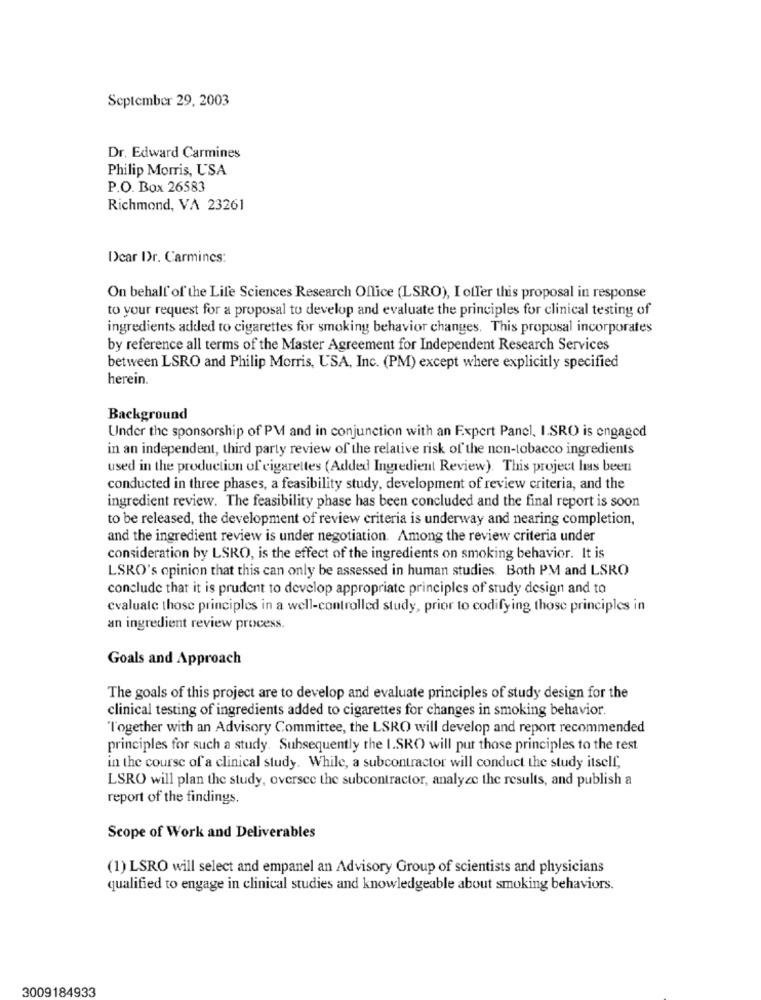
September 29, 2003
Dr. Edward Carmines
Philip Morris, USA
P.O. Box 26583
Richmond, VA 23261
Dear Dr. Carmines:
On behalf' of the Life Sciences Research Office (LSRO), I offer this proposal in response
to your request for a proposal to develop and evaluate the principles for clinical testing of
ingredients added to cigarettes for smoking behavior changes. This proposal incorporates
by reference all terms of the Master Agreement for Independent Research Services
between LSRO and Philip Morris, USA, Inc. (PM) except where explicitly specified
herein.
Background
Under the sponsorship of PM and in conjunction with an Expert Panel, I.SRO is engaged
in an independent, third party review of the relative risk of the non-tobacco ingredients
used in the production of cigarettes (Added Ingredient Review). This project has been
conducted in three phases, a feasibility study, development of review criteria, and the
ingredient review. The feasibility phase has been concluded and the final report is soon
to be released, the development of review criteria is underway and nearing completion,
and the ingredient review is under negotiation. Among the review criteria under
consideration by LSRO, is the effect of the ingredients on smoking behavior. It is
LSRO's opinion that this can only be assessed in human studies. Both PM and LSRO
conclude that it is prudent to develop appropriate principles of study design and to
evaluate those principles in a well-controlled study, prior to codifying those principles in
an ingredient review process.
Goals and Approach
The goals of this project are to develop and evaluate principles of study design for the
clinical testing of ingredients added to cigarettes for changes in smoking behavior.
Together with an Advisory Committee, the LSRO will develop and report recommended
principles for such a study. Subsequently the I.SRO will put those principles to the test
in the course of a clinical study. While, a subcontractor will conduct the study itself,
LSRO will plan the study, oversee the subcontractor, analyze the results, and publish a
report of the findings.
Scope of Work and Deliverables
(1) LSRO will select and empanel an Advisory Group of scientists and physicians
qualified to engage in clinical studies and knowledgeable about smoking behaviors.
3009184933